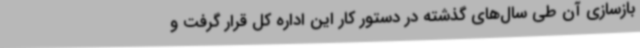
بازسازی آن طی سال‌های گذشته در دستور کار این اداره کل قرار گرفت و